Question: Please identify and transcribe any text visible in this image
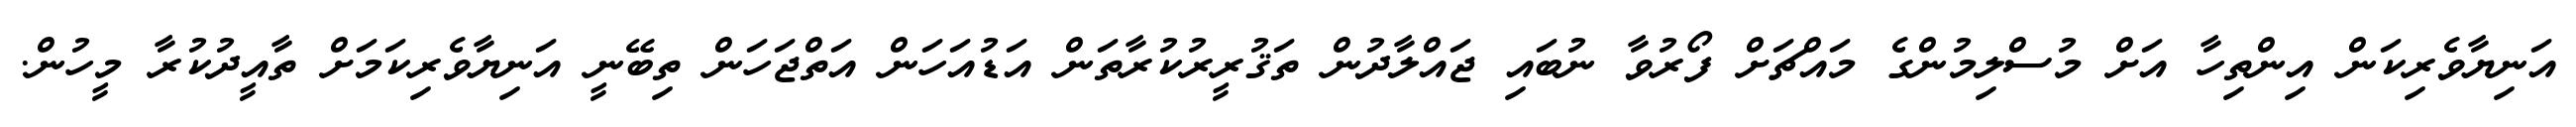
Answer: އަނިޔާވެރިކަން އިންތިހާ އަށް މުސްލިމުންގެ މައްޗަށް ފޯރުވާ ނުބައި ޖައްލާދުން ތަޤުރީރުކުރާތަން އަޑުއަހަން އަތްޖަހަން ތިބޭނީ އަނިޔާވެރިކަމަށް ތާއީދުކުރާ މީހުން.